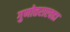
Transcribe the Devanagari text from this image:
गुणोत्तराएवढा